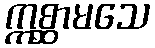
ဣစ္ဆာမသေ